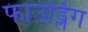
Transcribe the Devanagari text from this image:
फाउंड्लिंग